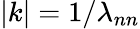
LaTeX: |k|=1/\lambda_{nn}